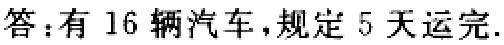
答：有 16 辆汽车，规定 5 天运完.